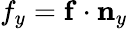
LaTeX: {f}_{y}=\mathbf{f}\cdot\mathbf{n}_{y}